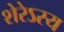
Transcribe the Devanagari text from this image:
शेरेऽस्य